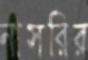
নাসরির